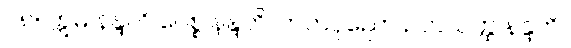
၁၈။ ဣဓ နန္ဒတိ ပေစ္စ နန္ဒတိ၊ ကတပုညော ဥဘယတ္ထ နန္ဒတိ။